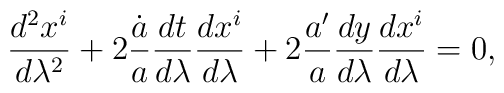
{{d^2x^i}\over{d\lambda^2}}+2{\dot{a}\over a}{{dt}\over{d\lambda}}{{dx^i}\over{d\lambda}}+2{a^{\prime}\over a}{{dy}\over{d\lambda}}{{dx^i}\over{d\lambda}}=0,